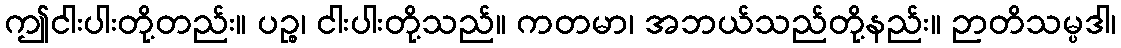
ဤငါးပါးတို့တည်း။ ပဉ္စ၊ ငါးပါးတို့သည်။ ကတမာ၊ အဘယ်သည်တို့နည်း။ ဉာတိသမ္ပဒါ၊